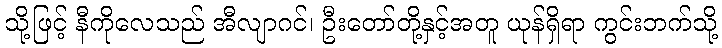
သို့ဖြင့် နီကိုလေသည် အီလျာဂင်၊ ဦးတော်တို့နှင့်အတူ ယုန်ရှိရာ ကွင်းဘက်သို့